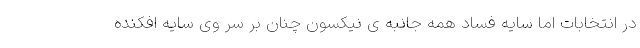
در انتخابات اما سایه فساد همه جانبه ی نیکسون چنان بر سر وی سایه افکنده